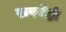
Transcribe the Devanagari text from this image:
रुपयेही